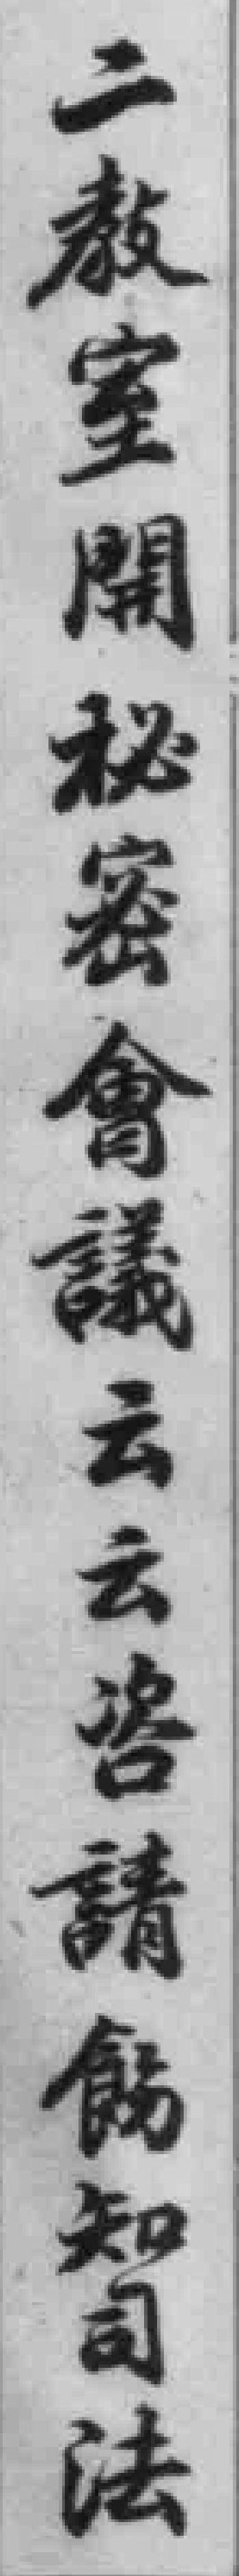
二教室開秘密會議云云咨請飭知司法